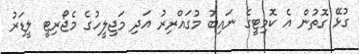
ގުޅޭ ގޮތުން އެ ކޮމިޓީގެ ނައިބު މުގައްރިރު އަދި މަޖިލީހުގެ މެޖޯރިޓީ ލީޑަރު